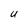
Character: U